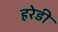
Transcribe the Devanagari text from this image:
हरेडी